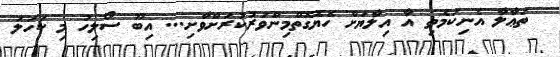
ތަޢާލާ އެނިކަމެތި އާ އިލާޔަށް ހެޔޮގޮތްމިންވަރުކުރަށްވާށި... އިބޫ ސޯލިހު މި ކަހަލަ